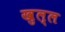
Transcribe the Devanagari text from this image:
खुल्ल